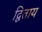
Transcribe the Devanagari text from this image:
द्विताय